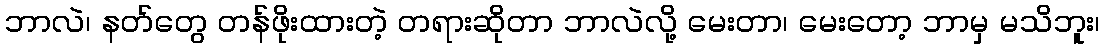
ဘာလဲ၊ နတ်တွေ တန်ဖိုးထားတဲ့ တရားဆိုတာ ဘာလဲလို့ မေးတာ၊ မေးတော့ ဘာမှ မသိဘူး၊